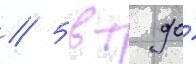
/ 5 вт до́